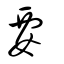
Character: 𦥼